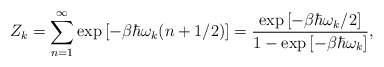
\begin{align*}Z_k = \sum_{n=1}^{\infty}\exp\left[-\beta\hbar \omega_k(n +1/2)\right] = \frac{\exp\left[-\beta\hbar \omega_k/2\right]}{1 - \exp\left[-\beta\hbar \omega_k\right]},\end{align*}